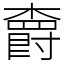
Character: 𣝣